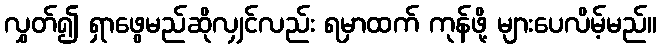
လွှတ်၍ ရှာဖွေမည်ဆိုလျှင်လည်း ရမှာထက် ကုန်ဖို့ များပေလိမ့်မည်။